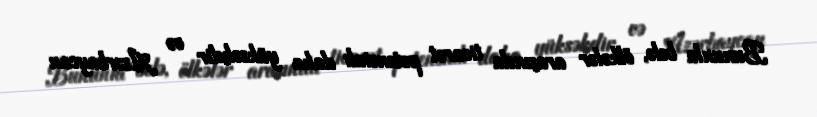
Bununla belə, ölkələr arasında ticarət potensialı daha yüksəkdir və Azərbaycan